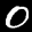
Label: 0